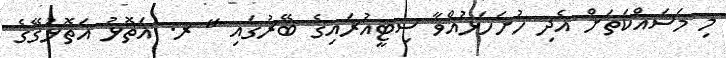
މި މަސައްކަތަށް އެދި ހުށަހަޅުއްވާ ސިޓީއުރައިގެ ބޭރުގައި " ރ. އަތޮޅު އަތޮޅުގޭގެ